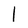
Character: l